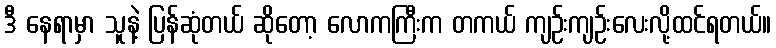
ဒီ နေရာမှာ သူနဲ့ ပြန်ဆုံတယ် ဆိုတော့ လောကကြီးက တကယ် ကျဉ်းကျဉ်းလေးလို့ထင်ရတယ်။